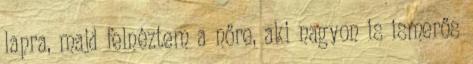
lapra, majd felnéztem a nőre, aki nagyon is ismerős